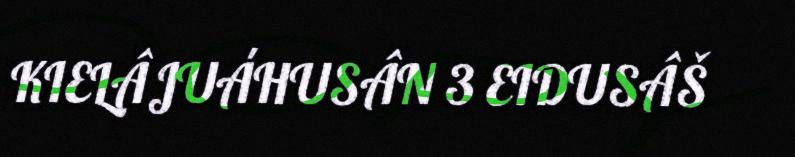
KIELÂJUÁHUSÂN 3 EIDUSÂŠ